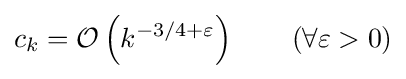
c_{k}={\mathcal {O}}\left(k^{-3/4+\varepsilon }\right)\qquad (\forall \varepsilon >0)